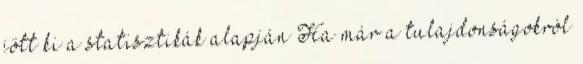
jött ki a statisztikák alapján Ha már a tulajdonságokról